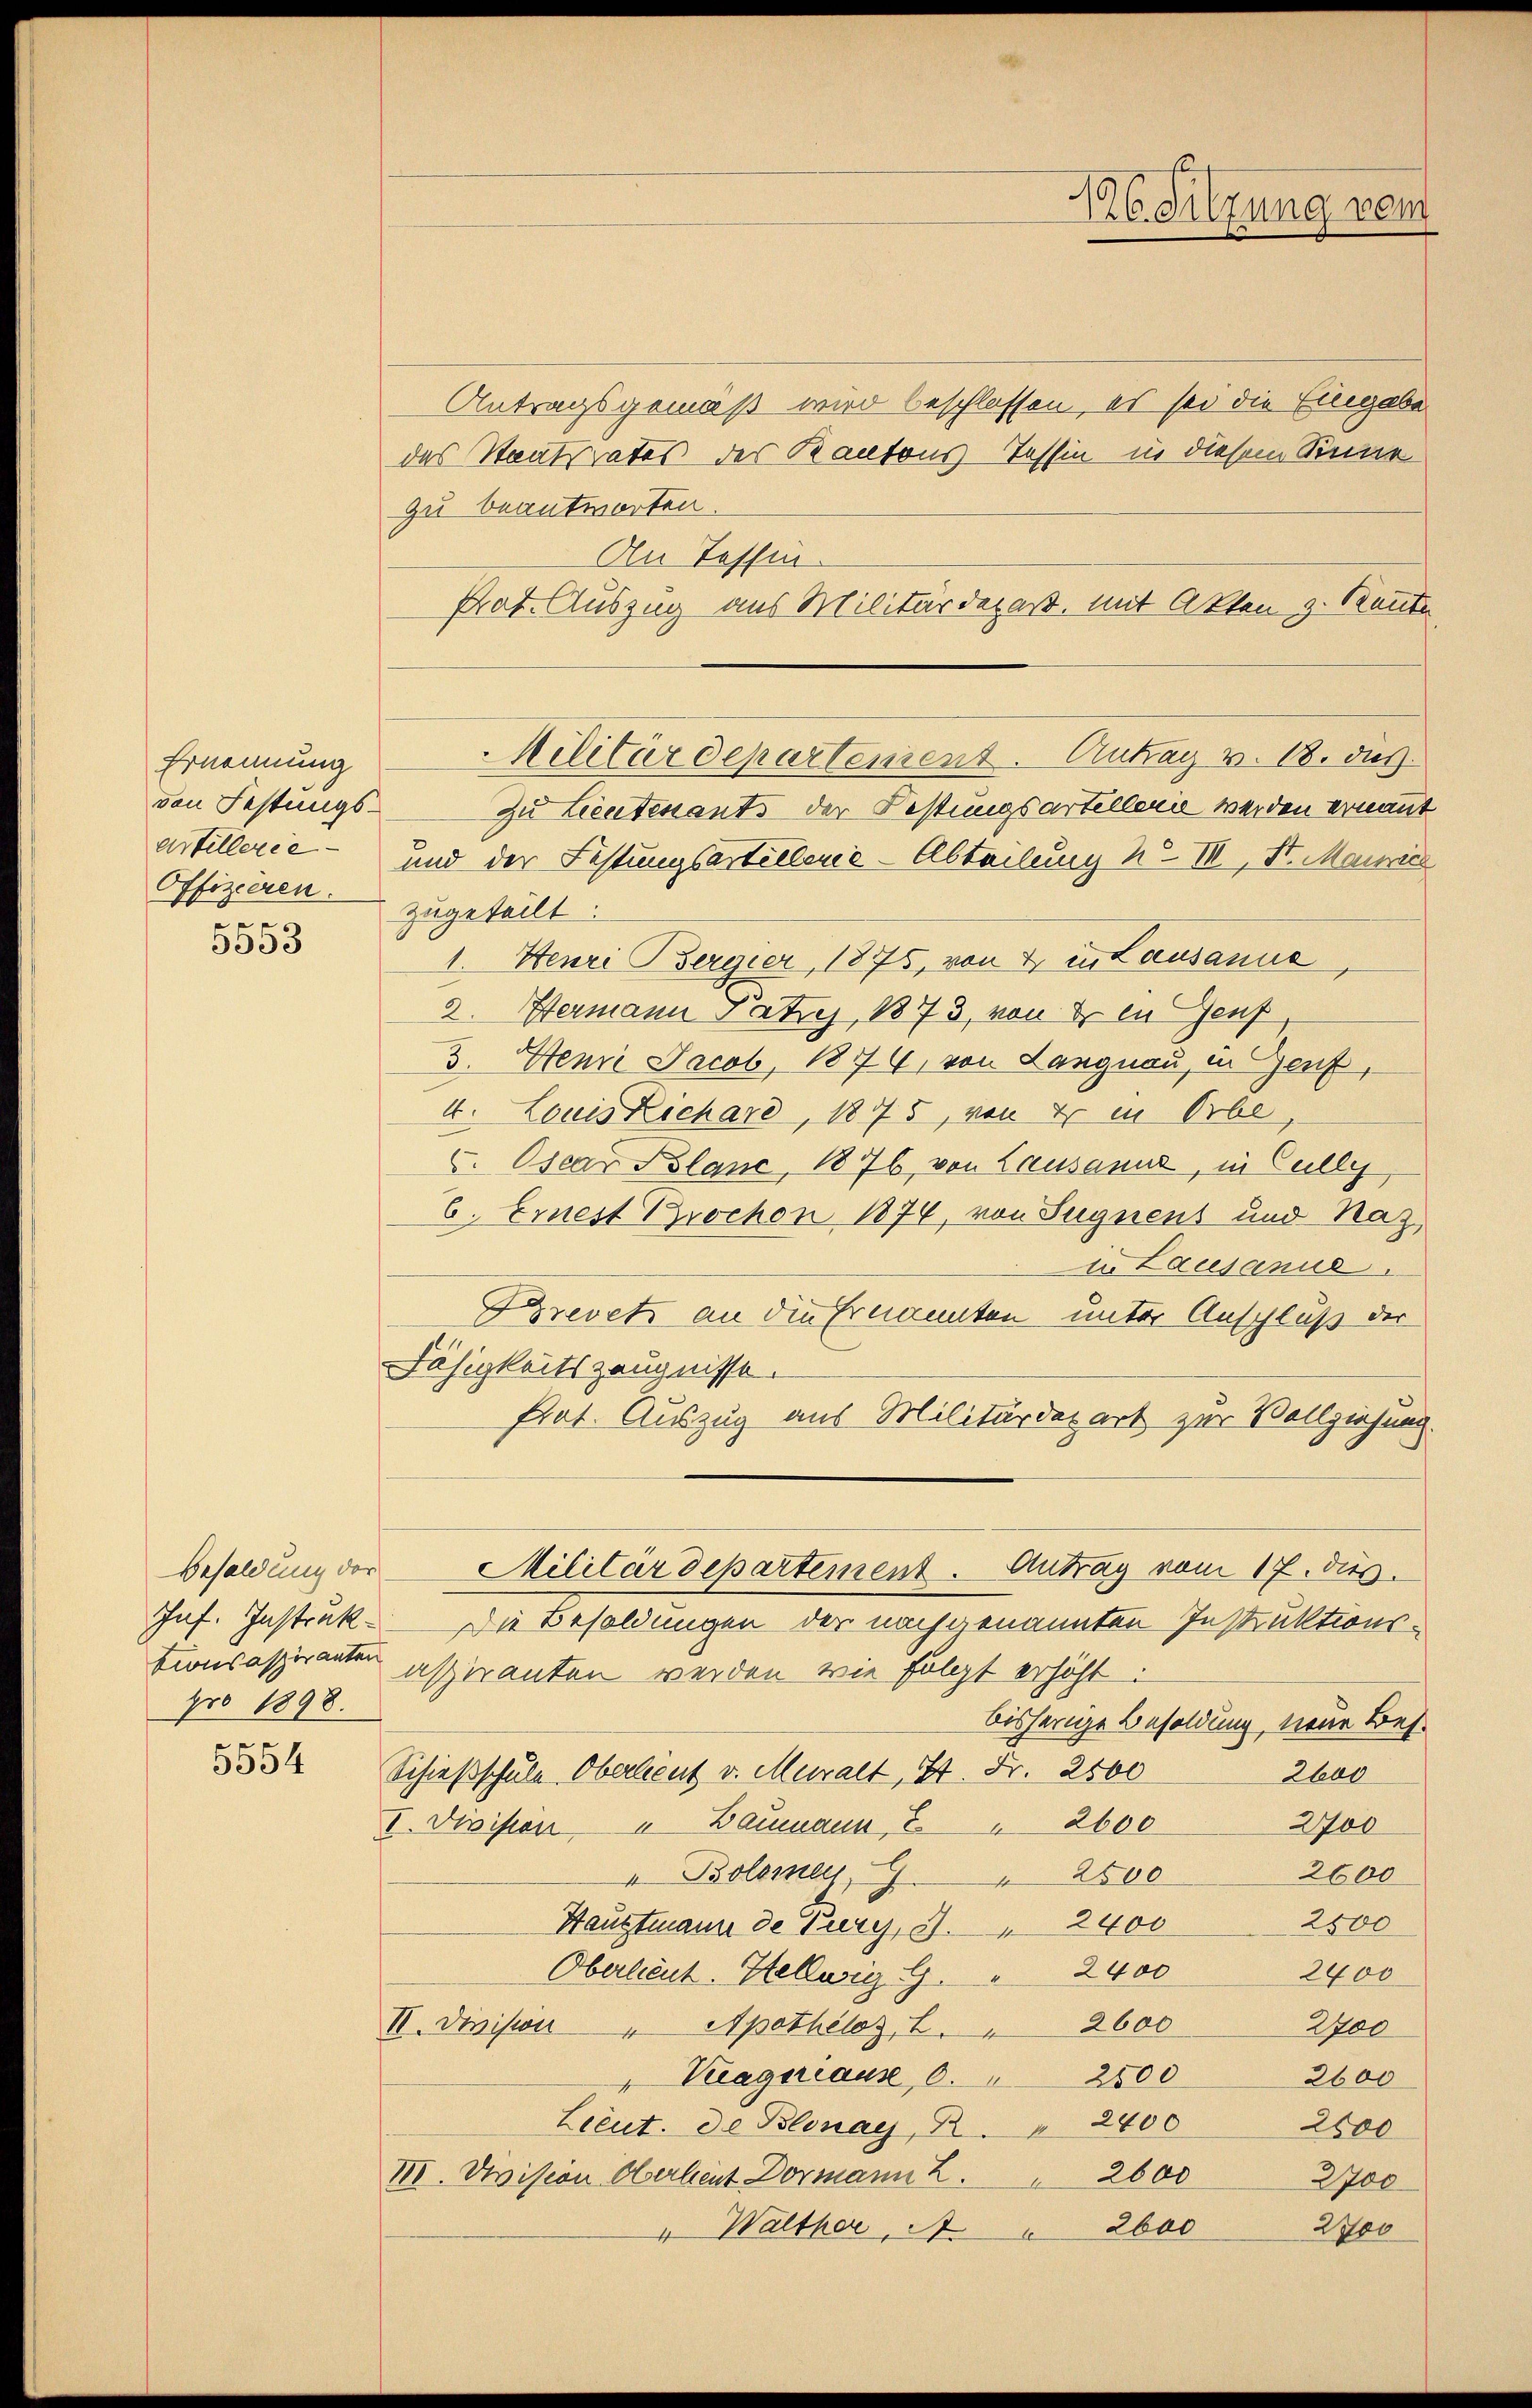
Ernennung
den Festungs-
artellerie
Offizieren.
x
5503

Besoldung der
pro 1898.

5554

Antragsgemäß wird beschlossen, es sei die Eingabe
das Staatsrates des Kantons-Tessin in diesem Sinne
zu beantworten.
An Tessin.
und der Festungsartellene - Abteilung u. III, St. Mairic
zugeteilt:
1. Henri Bergier, 1875, von dr in Lausanne
2. Hermann Patzes, 1873, von & in Genf
3. Henri Jacob, 1874, von Langnau, in Genf
4. Louis Richare, 1875, von 4 in Orbe
2. Oscar Blanc, 1876, von Lausanne, in Cully
6. Ernest Brochon 1874, von Sugnens und Naz
u Lausanus.
Brevets an die Ernannten unter Anschluß der
Fähigkeitszeugnisse.
frat. Auszug aus Militärdepart zur Vollziehung.
Militärdepartement. Antrag vom 17. ds.
Jnf. Instruk- — Die Besoldungen der nachgenannten Instruktionstionsaspiranten aspiranten werden wie folgt erhöht:
bisherige Besoldung, neue Bes¬
Schießschule Oberlient v. Muralt, St. Fr. 2500
2boo
200
I. Division u Baumann, 2 " 2600
2600
". Bolome " 2500
2500
Hauptmann de Pury, 3. " 2400
2400
Oberlieut. Stellurig G. " 2400
200
II. Division " Apothéloz, 2. " 2600
Viagiriaux, 0. 2800
2600
Lieut. de Blonay, B " 2400
2600
III. Devision Oberleut Dormann Z. 2600
2700
" Walther, A " 2600 2700

Prot. Auszug aus Militärdepart., mit Akten z. Kaute
Militärdepartement. Antrag v. 18. des

zu Lieutenants der Festungsartellen werden ernannt

16Sitzung vom